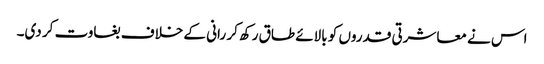
اس نے معاشرتی قدروں کو بالائے طاق رکھ کر رانی کے خلاف بغاوت کر دی۔